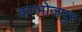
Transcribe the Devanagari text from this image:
कम्भोजपुर